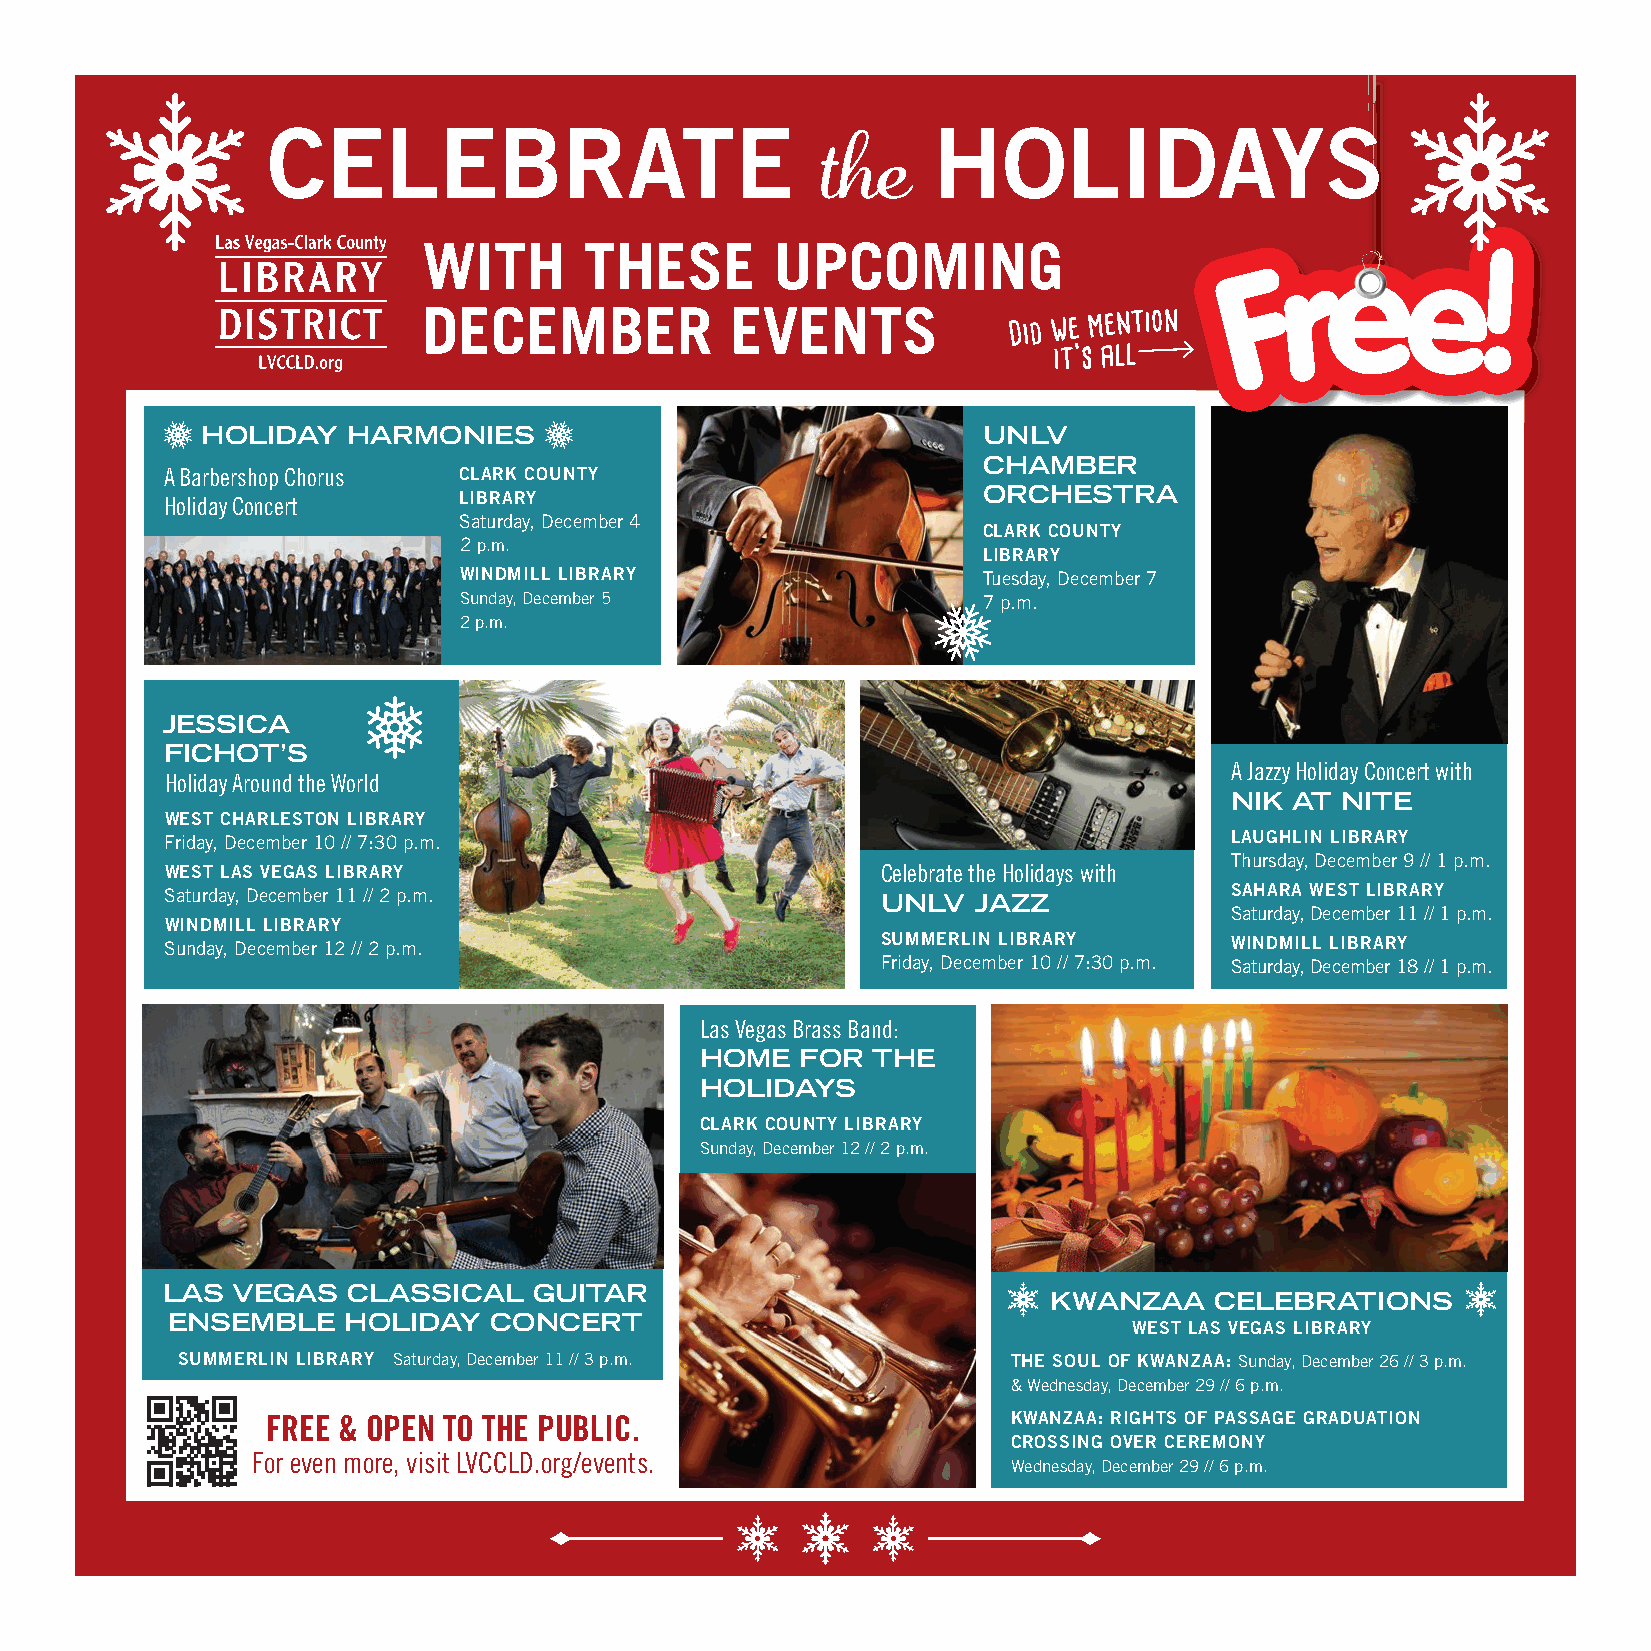
CELEBRATE                                   HOLIDAYS
 the
 WITH       THESE       UPCOMING
 DECEMBER            EVENTS
 Did we
 mention
 it’s all
 HOLIDAY   HARMONIES                                 UNLV
 CHAMBER
 A Barbershop Chorus CLARK COUNTY
 Holiday Concert    LIBRARY                            ORCHESTRA
 Saturday, December 4
 CLARK COUNTY
 2 p.m.
 LIBRARY
 WINDMILL LIBRARY                   Tuesday, December 7
 Sunday, December 5                 7 p.m.
 2 p.m.
 JESSICA
 FICHOT’S
 A Jazzy Holiday Concert with
 Holiday Around the World
 NIK  AT NITE
 WEST CHARLESTON LIBRARY
 Friday, December 10 // 7:30 p.m.                                      LAUGHLIN LIBRARY
 Thursday, December 9 // 1 p.m.
 WEST LAS VEGAS LIBRARY                         Celebrate the Holidays with
 Saturday, December 11 // 2 p.m.                UNLV  JAZZ             SAHARA WEST LIBRARY
 Saturday, December 11 // 1 p.m.
 WINDMILL LIBRARY
 Sunday, December 12 // 2 p.m.                  SUMMERLIN LIBRARY      WINDMILL LIBRARY
 Friday, December 10 // 7:30 p.m. Saturday, December 18 // 1 p.m.
 Las Vegas Brass Band:
 HOME   FOR  THE
 HOLIDAYS
 CLARK COUNTY LIBRARY
 Sunday, December 12 // 2 p.m.
 LAS VEGAS   CLASSICAL   GUITAR
 KWANZAA    CELEBRATIONS
 ENSEMBLE    HOLIDAY  CONCERT
 WEST LAS VEGAS LIBRARY
 SUMMERLIN LIBRARY Saturday, December 11 // 3 p.m.      THE SOUL OF KWANZAA: Sunday, December 26 // 3 p.m.
 & Wednesday, December 29 // 6 p.m.
 FREE & OPEN TO THE PUBLIC.                       KWANZAA: RIGHTS OF PASSAGE GRADUATION
 CROSSING OVER CEREMONY
 For even more, visit LVCCLD.org/events.
 Wednesday, December 29 // 6 p.m.